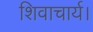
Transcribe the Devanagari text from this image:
शिवाचार्य।